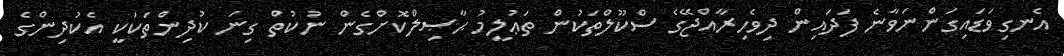
އެނގިވަޑައިގަންނަވާނެ ފަދައިން ދިވެހިރާއްޖޭގެ ސްކޫލްތަކުން ތަޢުލީމު ޙާޞިލްކޮށްގެން ނުކުތް ގިނަ ކުދިންތަކަކީ އެކުދިންގެ